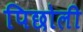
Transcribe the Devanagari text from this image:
पिछोली